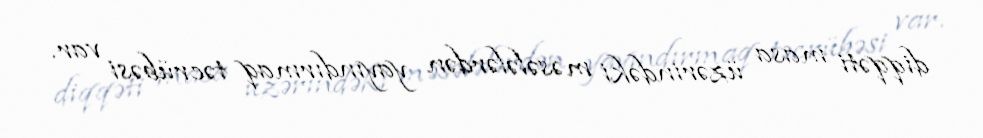
diqqəti masa üzərindəki məsələlərdən yayındırmaq təcrübəsi var.